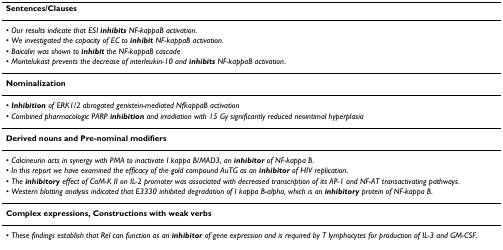
| Sentences/Clauses |
 | --- |
 | • Our results indicate that ESI inhibits NF-kappaB activation. |
 | • We investigated the capacity of EC to inhibit NF-kappaB activation. |
 | • Baicalin was shown to inhibit the NF-kappaB cascade |
 | • Montelukast prevents the decrease of interleukin-10 and inhibits NF-kappaB activation. |
 | Nominalization |
 | • Inhibition of ERK1/2 abrogated genistein-mediated NfkappaB activation |
 | • Combined pharmacologic PARP inhibition and irradiation with 15 Gy significantly reduced neointimal hyperplasia |
 | Derived nouns and Pre-nominal modifiers |
 | • Calcineurin acts in synergy with PMA to inactivate I kappa B/MAD3, an inhibitor of NF-kappa B. |
 | • In this report we have examined the efficacy of the gold compound AuTG as an inhibitor of HIV replication. |
 | • The inhibitory effect of CaM-K II on IL-2 promoter was associated with decreased transcription of its AP-1 and NF-AT transactivating pathways. |
 | • Western blotting analysis indicated that E3330 inhibited degradation of I kappa B-alpha, which is an inhibitory protein of NF-kappa B. |
 | Complex expressions, Constructions with weak verbs |
 | • These findings establish that Rel can function as an inhibitor of gene expression and is required by T lymphocytes for production of IL-3 and GM-CSF. |